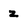
Character: z